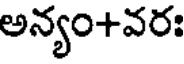
అన్యం+వరః